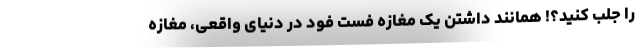
را جلب کنید؟! همانند داشتن یک مغازه فست فود در دنیای واقعی، مغازه